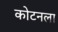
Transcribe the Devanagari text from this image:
कोटनला